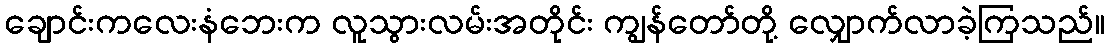
ချောင်းကလေးနံဘေးက လူသွားလမ်းအတိုင်း ကျွန်တော်တို့ လျှောက်လာခဲ့ကြသည်။